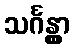
သင်္ဂန္တွာ